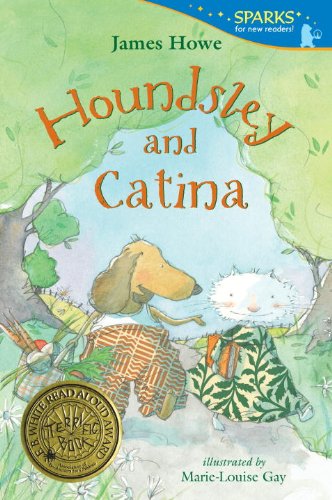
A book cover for Houndsley and Catina: Candlewick Sparks; James Howe; Children's Books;